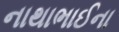
નાથાભાઈના